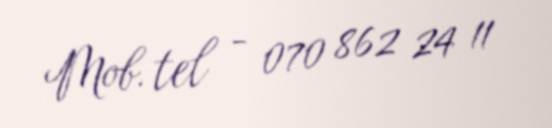
Mob. tel - 070 862 24 11